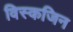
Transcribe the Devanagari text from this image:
विस्कजिन